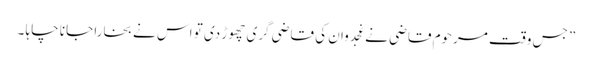
” جس وقت مرحوم قاضی نے غجدوان کی قاضی گری چھوڑ دی تو اس نے بخارا جانا چاہا ۔